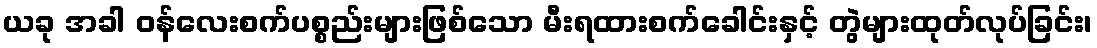
ယခု အခါ ဝန်လေးစက်ပစ္စည်းများဖြစ်သော မီးရထားစက်ခေါင်းနှင့် တွဲများထုတ်လုပ်ခြင်း၊